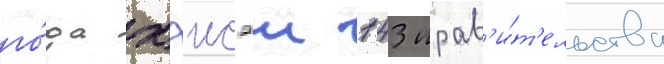
го́да хэисэи 143 прав'и́т'ельства